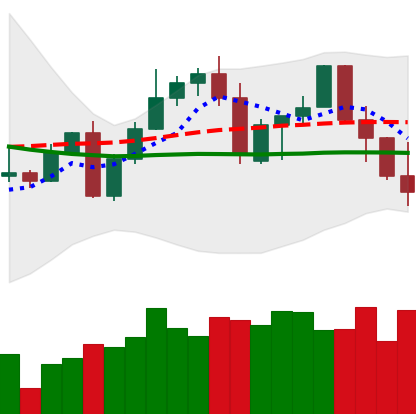
Ticker: LINK-USD
Chart end date: 2022-09-21
Forward return: 18.108%
Label: up_7plus